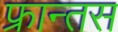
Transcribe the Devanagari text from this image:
फ्रान्तस